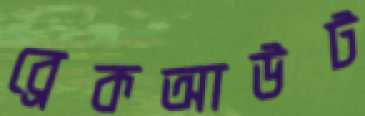
ব্রেকআউট